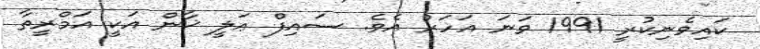
ކައިވެނިކުރީ 1991 ވަނަ އަހަރު އެވެ. ސައިފް ޢަލީ ޚާން އަކީ އަމްރީތާ